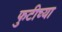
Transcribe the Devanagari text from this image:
फुटीच्या